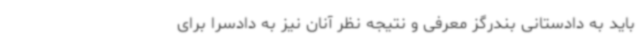
باید به دادستانی بندرگز معرفی و نتیجه نظر آنان نیز به دادسرا برای